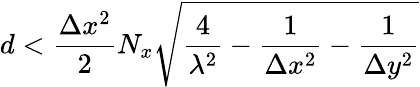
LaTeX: d<\frac{\Delta x^{2}}{2}N_{x}\sqrt{\frac{4}{\lambda^{2}}-\frac{1}{\Delta x^{2}}-\frac{1}{\Delta y^{2}}}